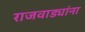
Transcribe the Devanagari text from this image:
राजवाड्यांना